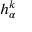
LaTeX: h _ { \alpha } ^ { k }